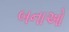
બનાઓ